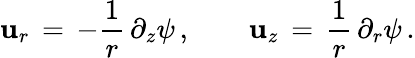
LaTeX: \mathbf{u}_{r}\, =\, -\frac{{1}}{{r}}\, \partial_{z}\psi\, ,\qquad\mathbf{u}_{z}\, =\, \frac{{1}}{{r}}\, \partial_{r}\psi\, .